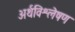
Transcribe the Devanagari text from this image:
अर्थविश्लेषण